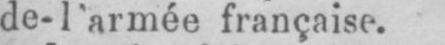
de-l’armée française.